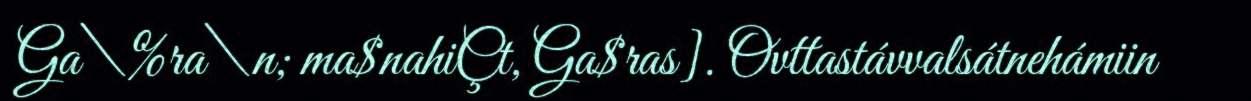
Ga\%ra\n; ma$nahiÇt, Ga$ras]. Ovttastávvalsátnehámiin